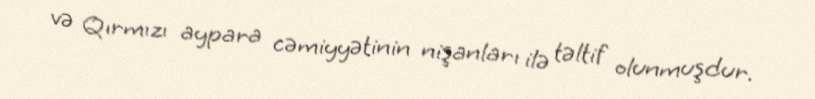
və Qırmızı aypara cəmiyyətinin nişanları ilə təltif olunmuşdur.